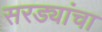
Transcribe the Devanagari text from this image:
सरड्यांचा